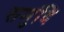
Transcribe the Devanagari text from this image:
समुंदि